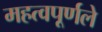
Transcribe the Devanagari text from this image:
महत्वपूर्णले